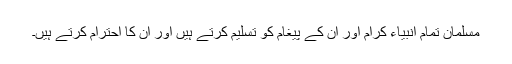
مسلمان تمام انبیاء کرام اور ان کے پیغام کو تسلیم کرتے ہیں اور ان کا احترام کرتے ہیں۔